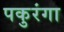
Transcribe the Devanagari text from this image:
पकुरंगा